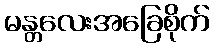
မန္တလေးအခြေစိုက်